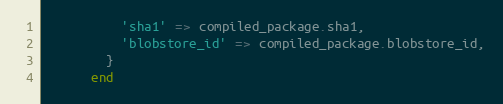
Language: Ruby
          'sha1' => compiled_package.sha1,
          'blobstore_id' => compiled_package.blobstore_id,
        }
      end